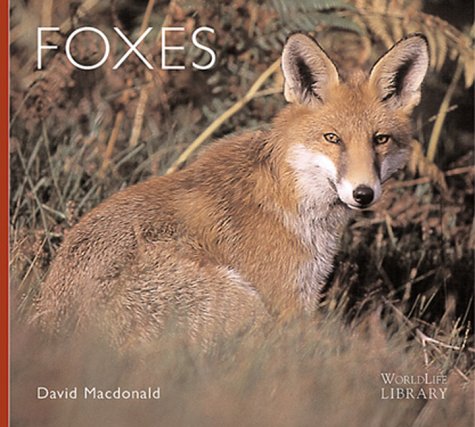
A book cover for Foxes (WorldLife Library Series); David Macdonald; Sports & Outdoors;